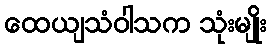
ထေယျသံဝါသက သုံးမျိုး